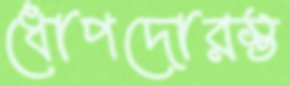
ধোপদোরস্ত